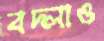
বদ্‌লাও